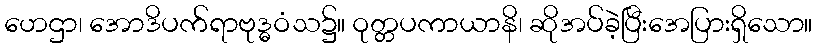
ဟေဌာ၊ အောဒိပက်ရာဗုဒ္ဓဝံသ၌။ ဝုတ္တပကာယာနိ၊ ဆိုအပ်ခဲ့ပြီးအေပြားရှိသော။